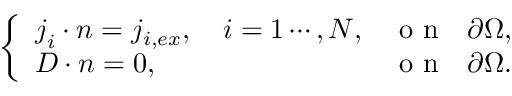
\left\{ \begin{array} { l l } { \boldsymbol { j } _ { i } \cdot \boldsymbol { n } = j _ { i , e x } , \quad i = 1 \cdots , N , } & { \mathrm { ~ o ~ n ~ ~ ~ } \partial \Omega , } \\ { \boldsymbol { D } \cdot \boldsymbol { n } = 0 , } & { \mathrm { ~ o ~ n ~ ~ ~ } \partial \Omega . } \end{array} \right.